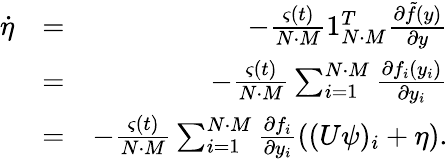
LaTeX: \begin{array}{rlr}{\dot{\eta}}&{=}&{-\frac{\varsigma(t)}{N\cdot M}1_{N\cdot M}^{T}\frac{\partial\tilde{f}(y)}{\partial y}}\\ &{=}&{-\frac{\varsigma(t)}{N\cdot M}\sum_{i=1}^{N\cdot M}\frac{\partial f_{i}(y_{i})}{\partial y_{i}}}\\ &{=}&{-\frac{\varsigma(t)}{N\cdot M}\sum_{i=1}^{N\cdot M}\frac{\partial f_{i}}{\partial y_{i}}((U\psi)_{i}+\eta).}\end{array}